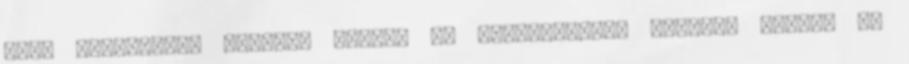
azaz különálló, egymást kizáró és funkcionális egymást átfedő és